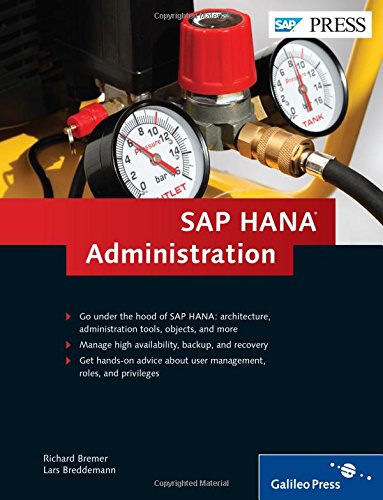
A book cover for SAP HANA Administration (HANA Admin); Richard Bremer; Business & Money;